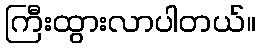
ကြီးထွားလာပါတယ်။